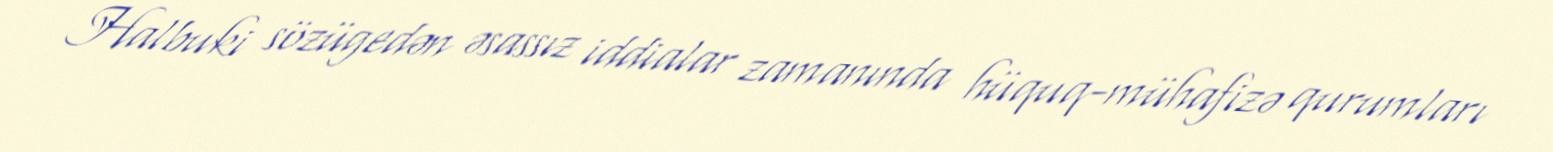
Halbuki sözügedən əsassız iddialar zamanında hüquq-mühafizə qurumları